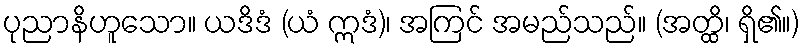
ပုညာနိဟူသော။ ယဒိဒံ (ယံ ဣဒံ)၊ အကြင် အမည်သည်။ (အတ္ထိ၊ ရှိ၏။)